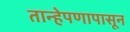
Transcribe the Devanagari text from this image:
तान्हेपणापासून